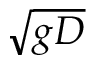
\sqrt { g D }